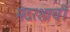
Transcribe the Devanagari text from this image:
मदरशाची